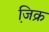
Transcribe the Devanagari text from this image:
जि़क्र